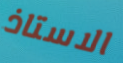
الاستاذ